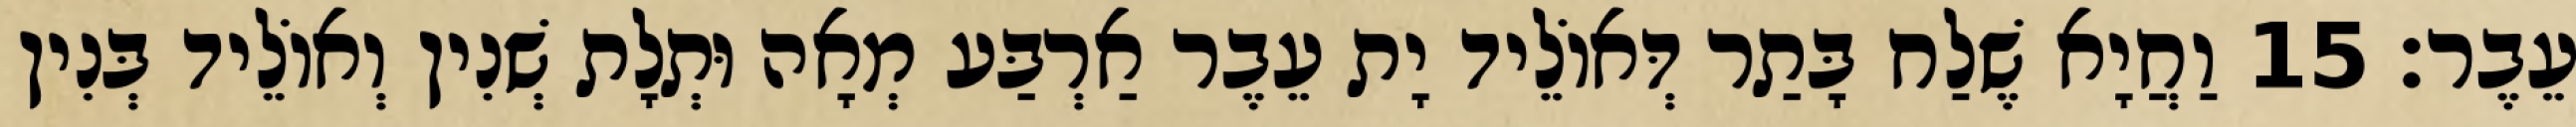
עֵבֶר׃ 15 וַחֲיָא שֶׁלַח בָּתַר דְּאוֹלֵיד יָת עֵבֶר אַרְבַּע מְאָה וּתְלָת שְׁנִין וְאוֹלֵיד בְּנִין